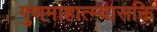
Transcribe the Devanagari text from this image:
गुणमाहात्म्यासक्ति